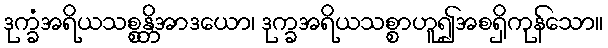
ဒုက္ခံအရိယသစ္စန္တိအာဒယော၊ ဒုက္ခအရိယသစ္စာဟူ၍အစရှိကုန်သော။